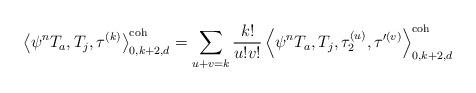
LaTeX: \begin{align*} \left\langle \psi^n T_a, T_j, \tau^{(k)} \right\rangle^\textnormal{coh}_{0,k+2,d} = \sum_{u+v=k} \frac{k!}{u!v!} \left\langle \psi^n T_a, T_j, \tau_2^{(u)}, \tau'^{(v)} \right\rangle^\textnormal{coh}_{0,k+2,d}\end{align*}